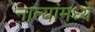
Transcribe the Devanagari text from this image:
नात्यांमध्ये